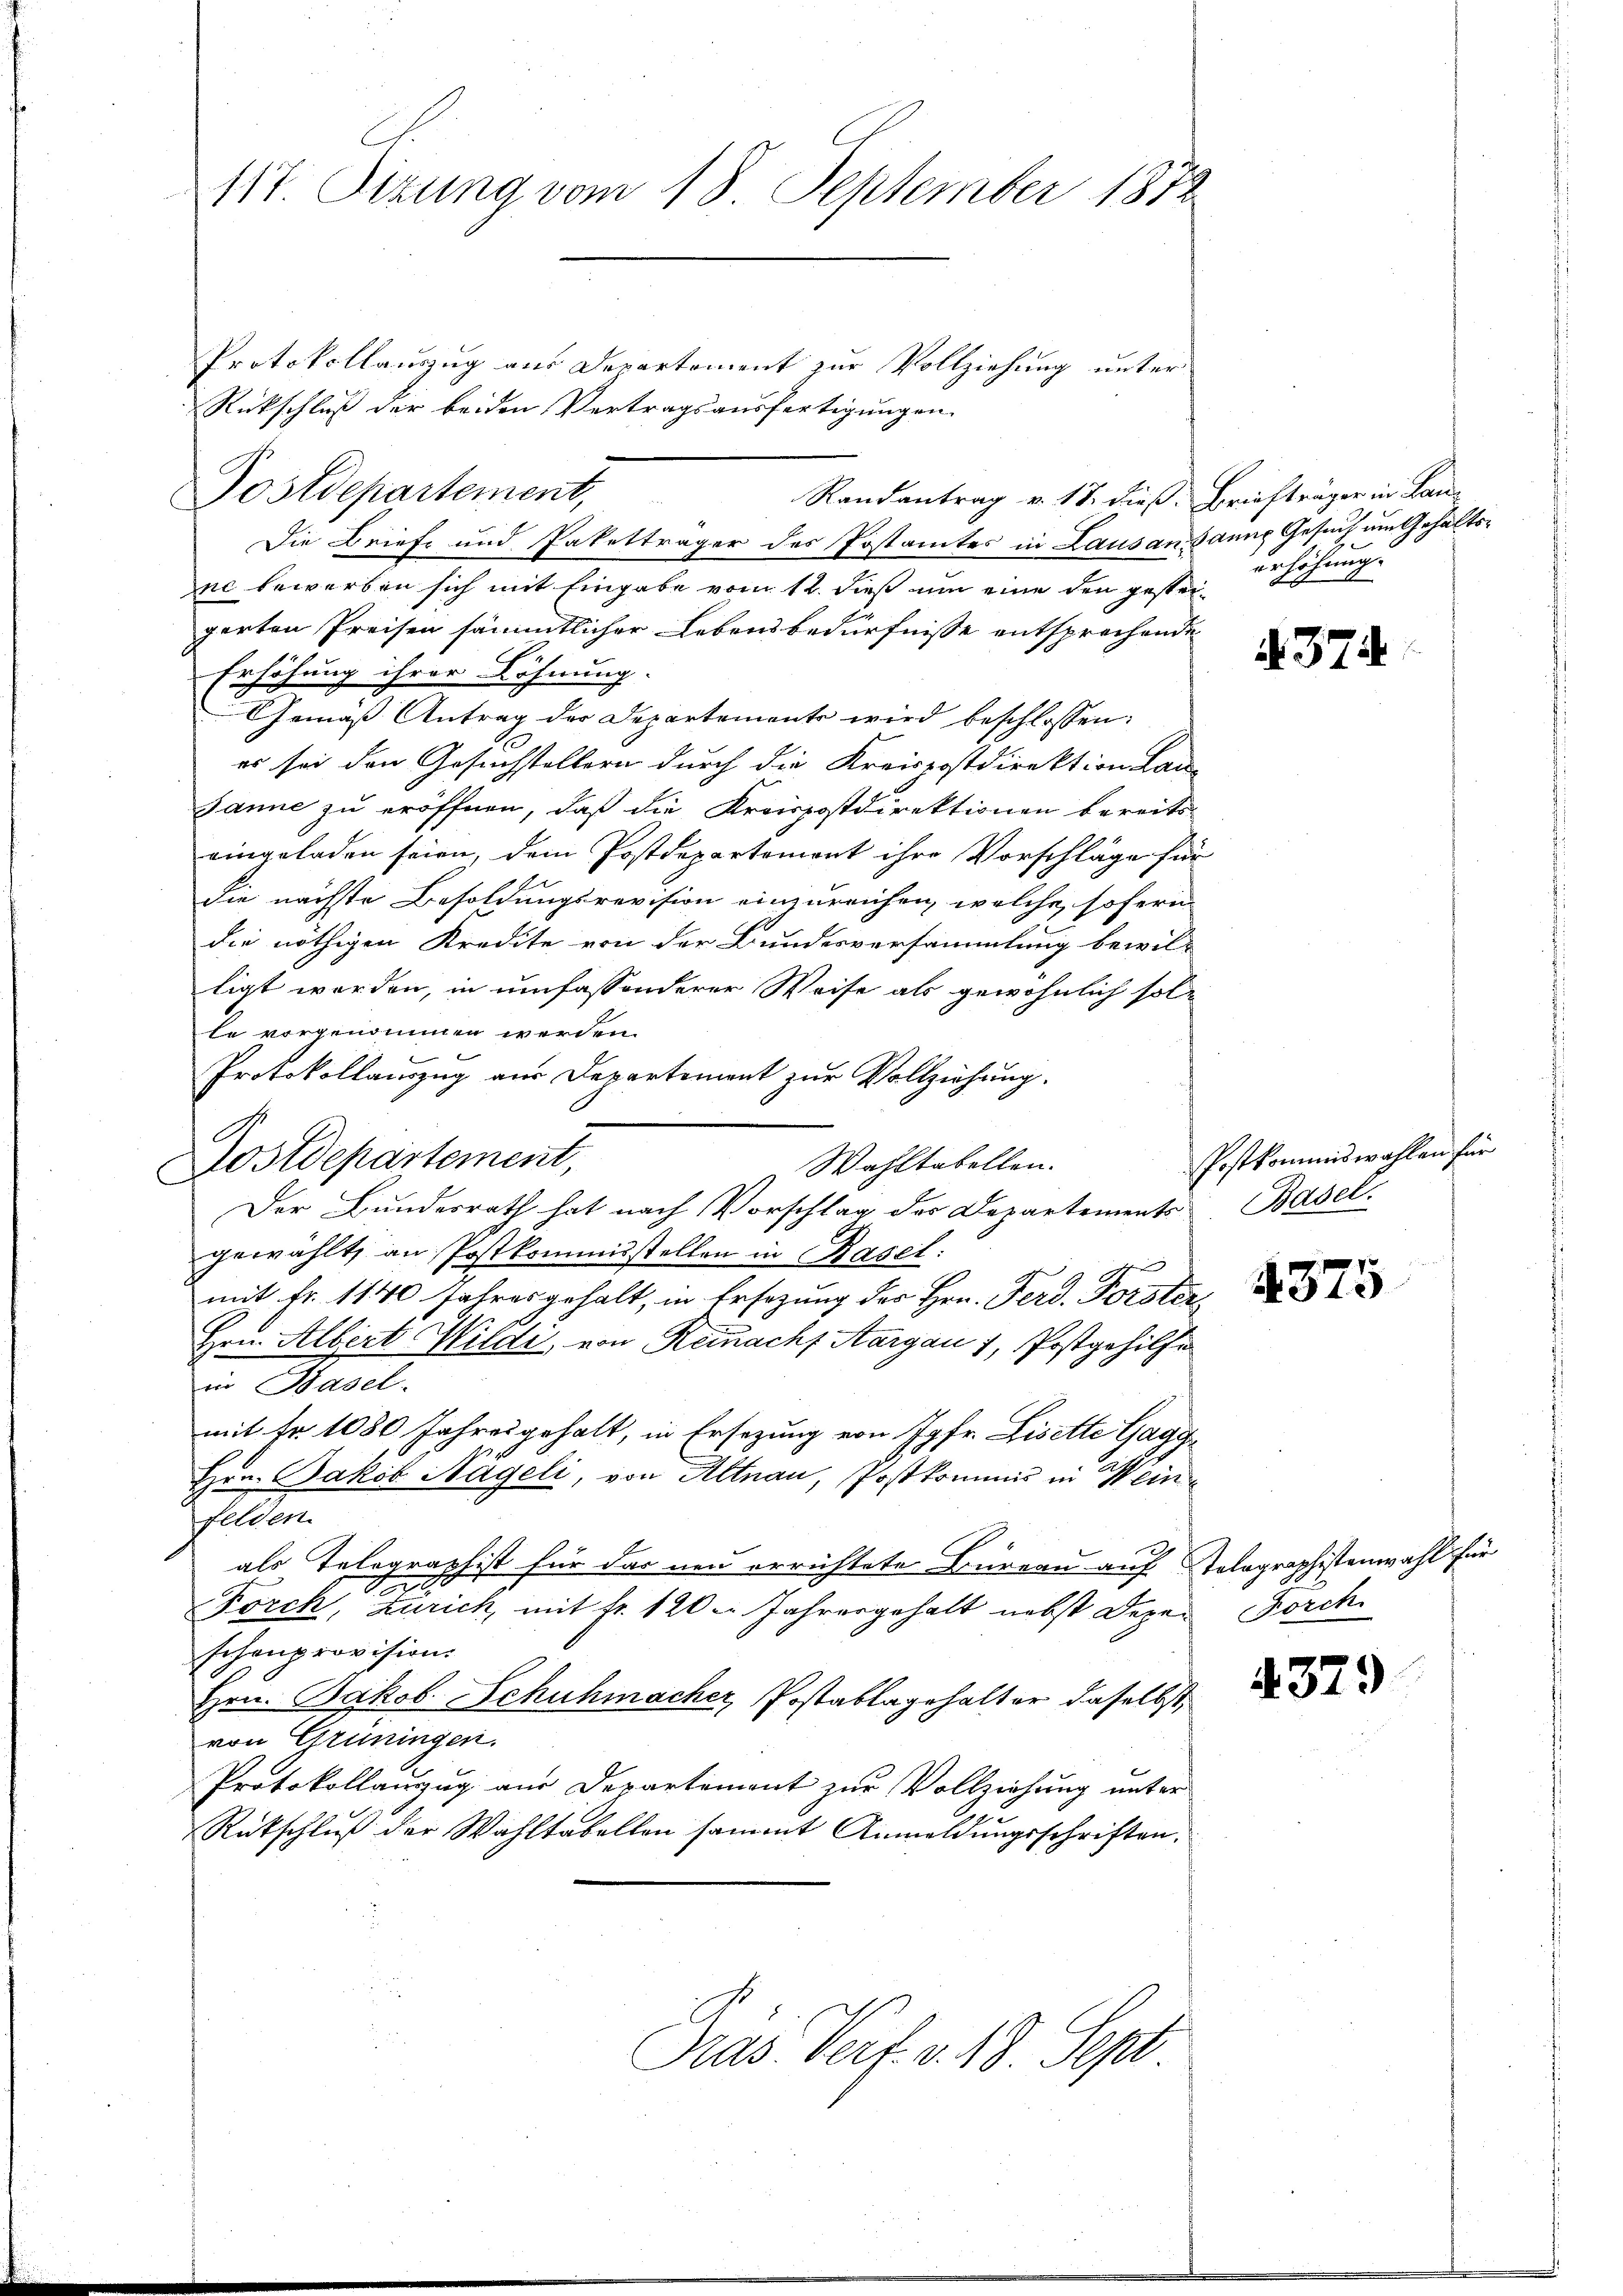
117. Sizung vom 18. September 1872

Protokollauszug aus Departement zur Vollziehung unter
Rückschluß der beiden Vertragsausfertigungen
Randantrag v. 17. dieß. Briefträger in Lan-
Die Briefe und Paketträger des Postamtes in Lausandsanne Gesuch um Gehaltsne bewerben sich mit Eingabe vom 12. dieß um eine den gesteigerten Preisen sämmtlicher Lebensbedürfnisse entsprochende
Erhöhung ihrer Löhnung.
Gemäß Antrag der Departement wird beschlossen:
es sei den Gesuchstellern durch die Kreispostdirektion Lan-
Janne zu eröffnen, daß die Kreispostdirektionen bereits-
eingeladen seien, dem Postdepartemont ihre Vorschläge für
die nächste Besoldungsrevision einzureichen, welche sofern
die nöthigen Kredite von der Bundesversammlung bewilligt werden, in umfassonderer Weise als gewöhnlich solle vorgenommen werden.
Protokollauszug aus Departement zur Vollziehung.
Dostdepartement,
Wahltabellen.
Der Bundesrath hat nach Vorschlag des Departements
gewählt, an Postkommisstellen in Basel:
mit Fr. 1140 Jahres gehalt, in Ersezung der Hrn. Ferd. Forster¬
Hrn. Albert Wildi, von Reinach Aargau 1, Postgehilfe
in Basel.
mit fr. 1080 Jahres gehalt, in Ersezung von Jgfr. Lisette Gagg
Hrn. Jakob Hageli, von Altnau, Postkommis in Weinfelden.
als Telegraphist für das neu errichtete Büreau auf Tolographistenwahl für
2
.
Forch, Zürich, mit fr. 120. Jahresgehalt nebst Degen Forch
schenprovision.
Hrn. Jakob Schuhmacher, Postablagehalter daselbst,
von Grüningen.
Protokollanzug aus Departement zur Vollziehung unter
Rütschluß der Wahltabellon sammt Anmeldungsschriften.

Postdepartement,

Präs. Verf. v. 13. Sept

erhöhung.

.374

Postkommiswahlen für
Basel.

4375

4379